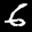
Label: 6